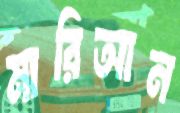
মারিআন